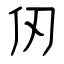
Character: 仞